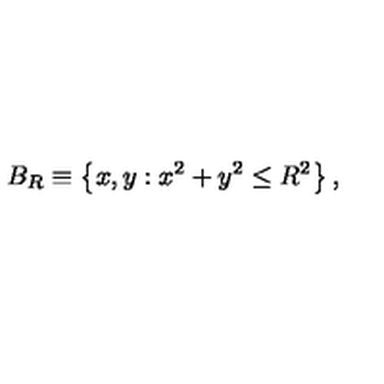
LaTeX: B _ { R } \equiv \left\{ x , y : x ^ { 2 } + y ^ { 2 } \leq R ^ { 2 } \right\} ,